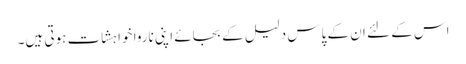
اس کے لئے ان کے پاس دلیل کے بجائے اپنی ناروا خواہشات ہوتی ہیں۔